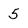
Character: 5